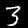
Digit: 3